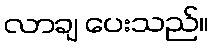
လာချ ပေးသည်။